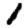
Digit: 1